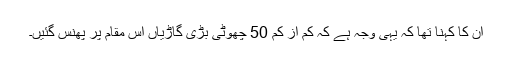
ان کا کہنا تھا کہ یہی وجہ ہے کہ کم از کم 50 چھوٹی بڑی گاڑیاں اس مقام پر پھنس گئیں۔